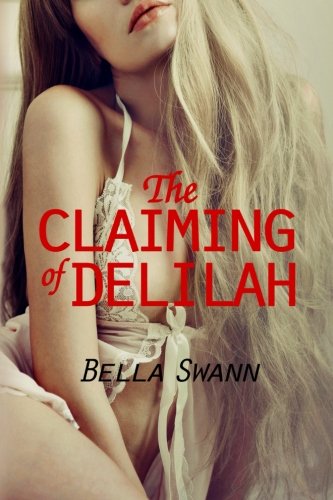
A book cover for The Claiming of Delilah (Submissive Mermaids of Avalon in Erotic Captivity) (Volume 2); Bella Swann; Romance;